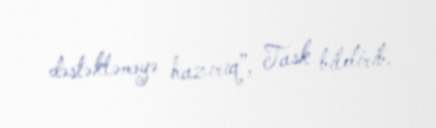
dəstəkləməyə hazırıq”, Task bildirib.